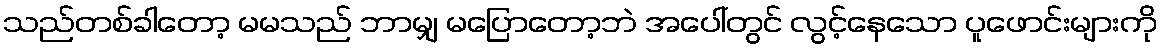
သည်တစ်ခါတော့ မမသည် ဘာမျှ မပြောတော့ဘဲ အပေါ်တွင် လွင့်နေသော ပူဖောင်းများကို